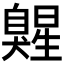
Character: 𰯷